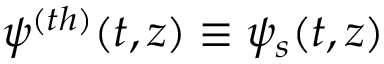
\psi ^ { ( t h ) } ( t , z ) \equiv \psi _ { s } ( t , z )